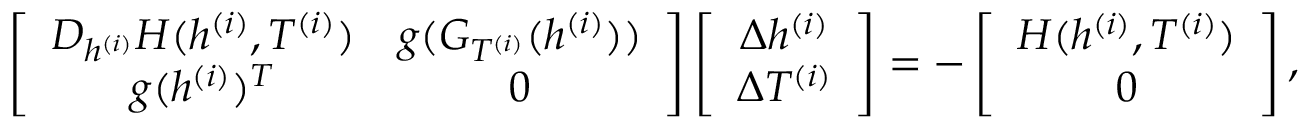
\begin{array} { r l } & { \left[ \begin{array} { c c } { D _ { h ^ { ( i ) } } H ( h ^ { ( i ) } , T ^ { ( i ) } ) } & { g ( G _ { T ^ { ( i ) } } ( h ^ { ( i ) } ) ) } \\ { g ( h ^ { ( i ) } ) ^ { T } } & { 0 } \end{array} \right] \left[ \begin{array} { c } { \Delta h ^ { ( i ) } } \\ { \Delta T ^ { ( i ) } } \end{array} \right] = - \left[ \begin{array} { c } { H ( h ^ { ( i ) } , T ^ { ( i ) } ) } \\ { 0 } \end{array} \right] , } \end{array}